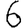
Digit: 6